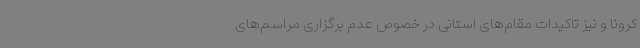
کرونا و نیز تاکیدات مقام‌های استانی در خصوص عدم برگزاری مراسم‌های